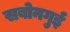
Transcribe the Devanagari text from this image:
सबोनगुई